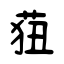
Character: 莥